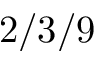
2 / 3 / 9